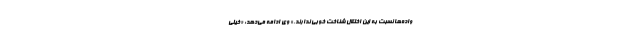
واده‌ها نسبت به این اختلال شناخت خوبی ندارند.» وی ادامه می‌دهد: «خیلی